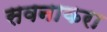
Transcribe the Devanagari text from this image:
सवनाकरा